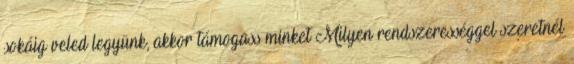
sokáig veled legyünk, akkor támogass minket Milyen rendszerességgel szeretnél